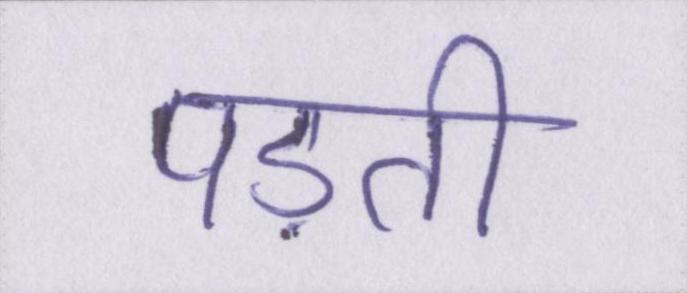
पड़ती